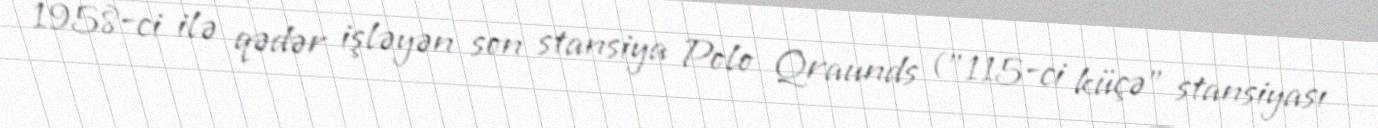
1958-ci ilə qədər işləyən son stansiya Polo Qraunds ("115-ci küçə" stansiyası